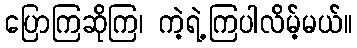
ပြောကြဆိုကြ၊ ကဲ့ရဲ့ကြပါလိမ့်မယ်။